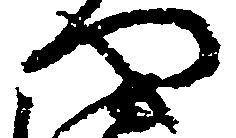
や